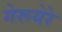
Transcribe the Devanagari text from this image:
गेरूयेरे